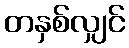
တနှစ်လျှင်